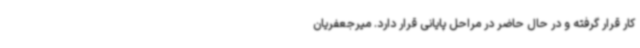
کار قرار گرفته و در حال حاضر در مراحل پایانی قرار دارد. میرجعفریان